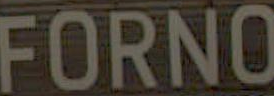
FORNO